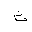
Letter: _tha